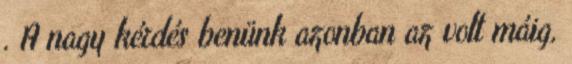
. A nagy kérdés benünk azonban az volt máig,